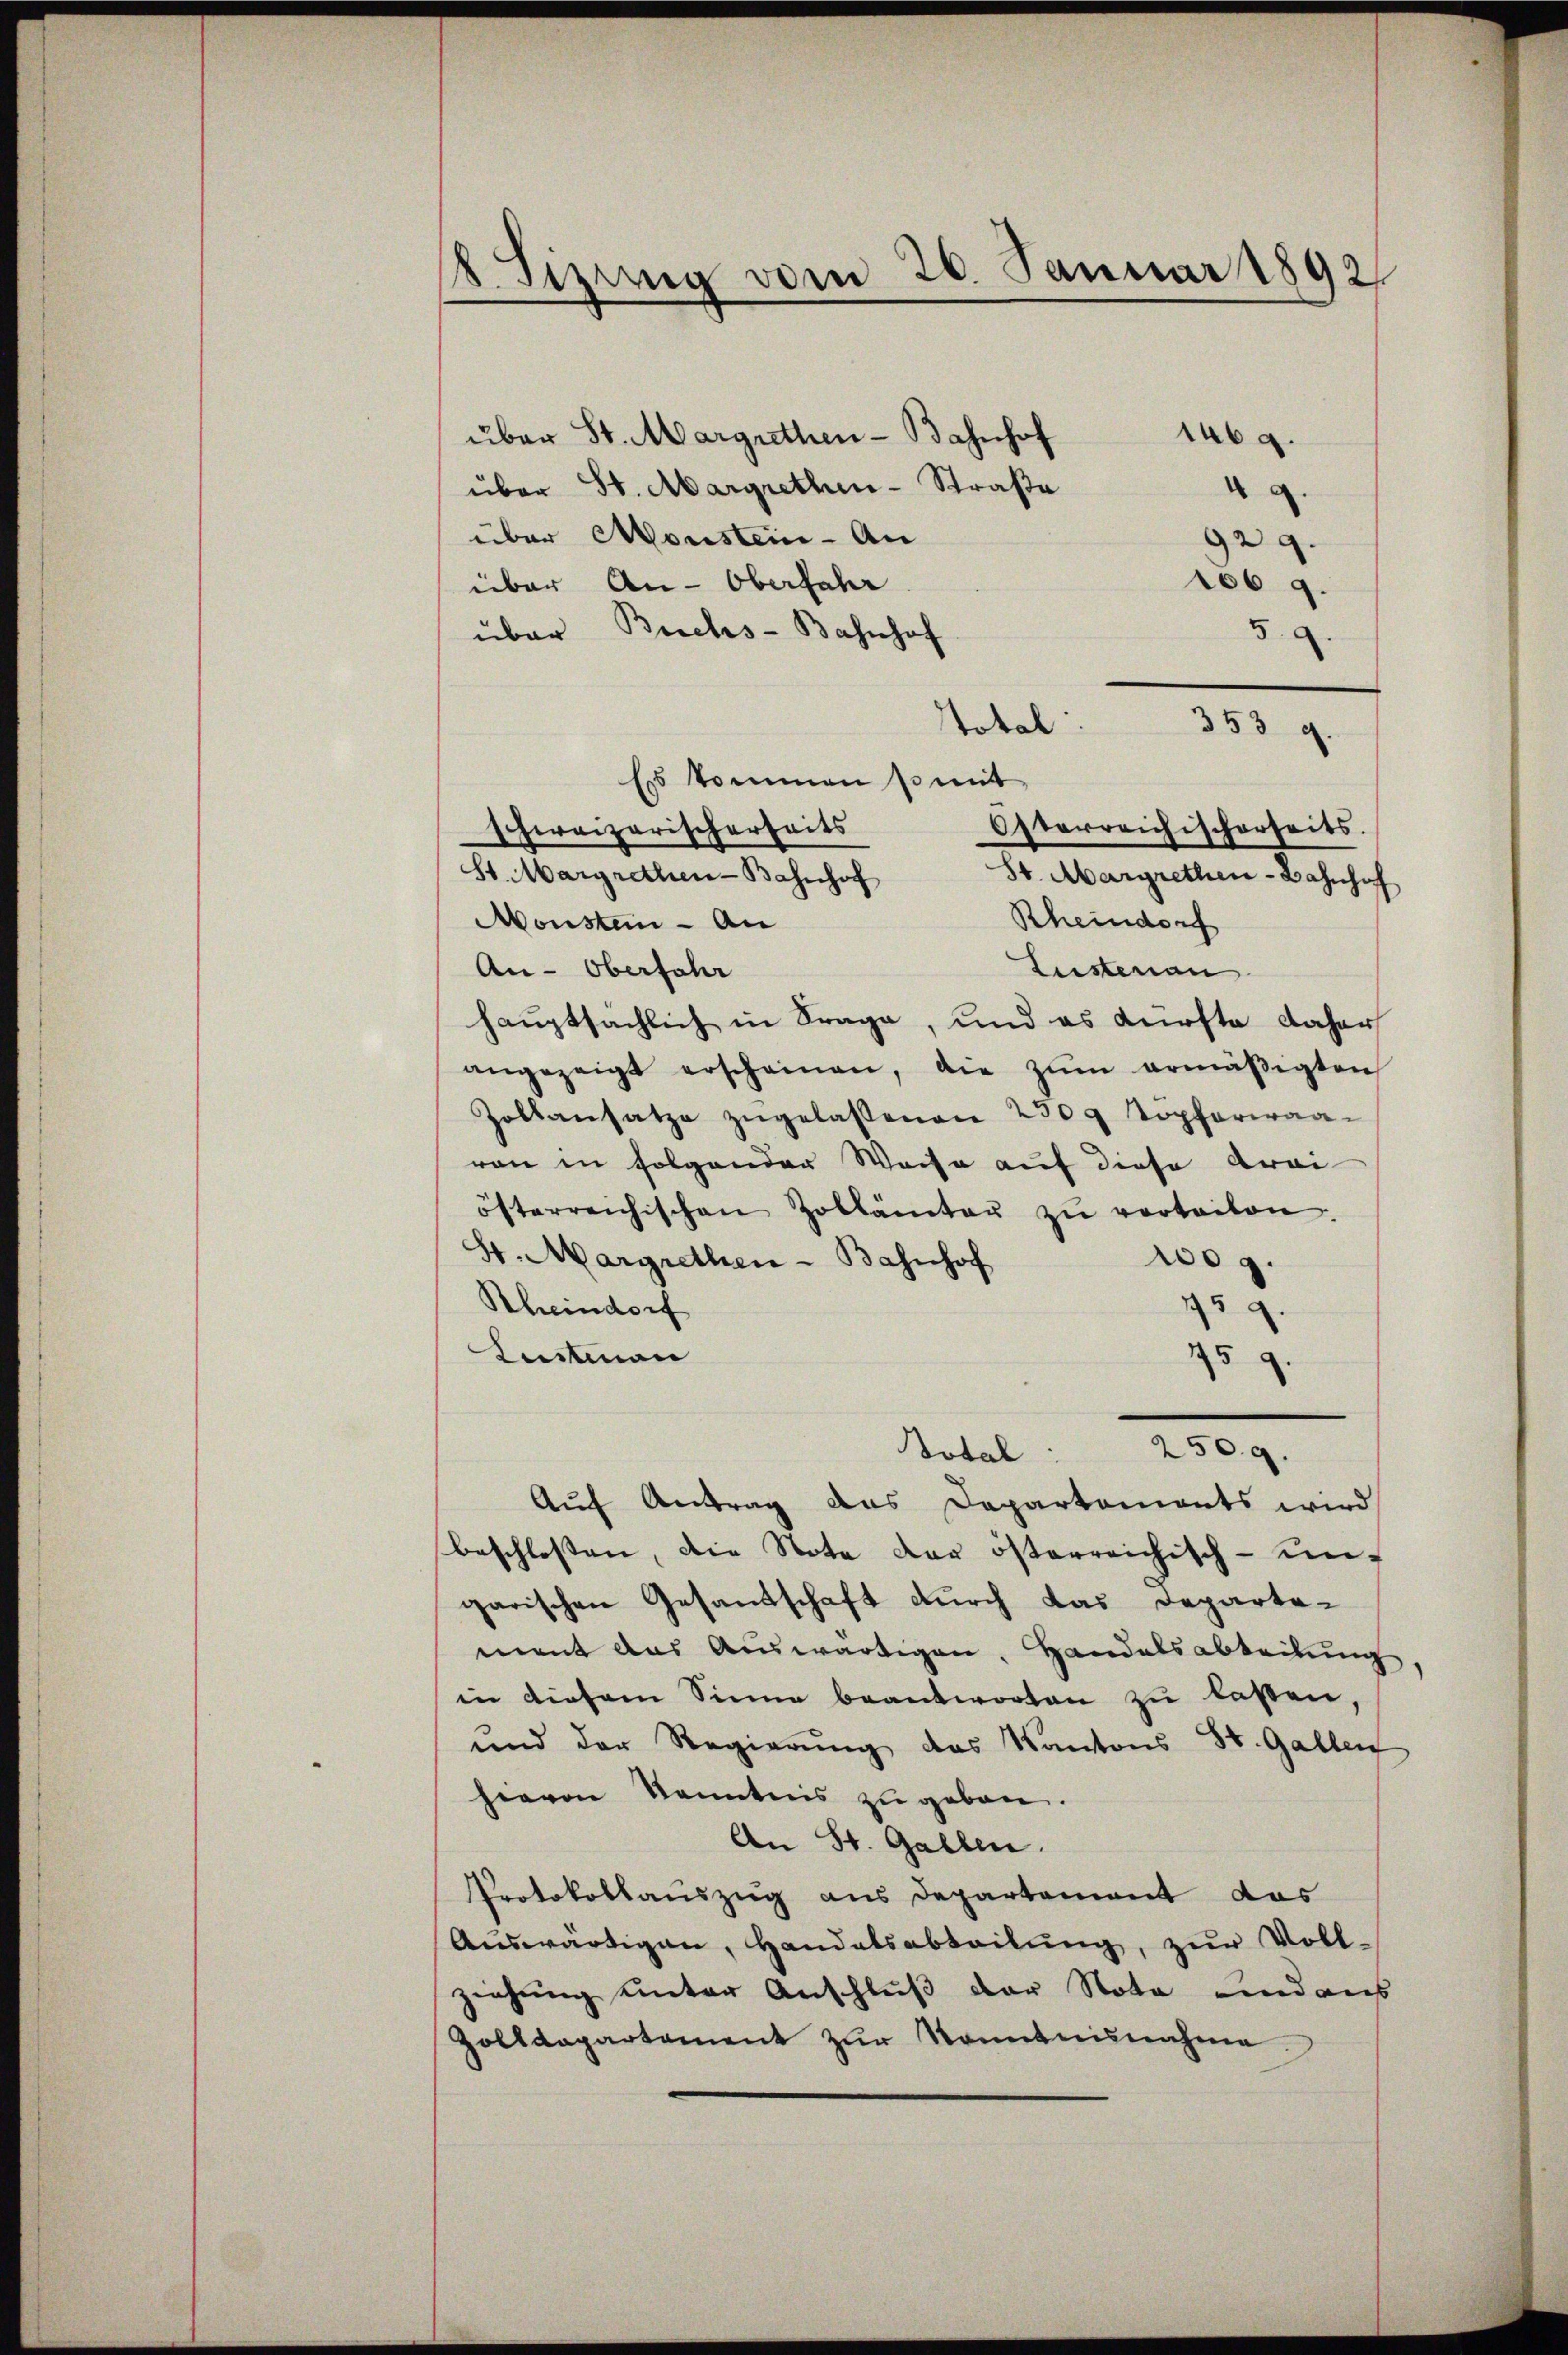
Sizung vom 26. Januar 1892

über St. Margrethen-Bahnhof
1469.
über St. Margrethen-Straße
.
über Monstein-An
929.
über An-Oberfahr
106 9.
über Buchs-Bahnhof
5.2.
Total:
Es kommen so mit
schweizerischerheits
Osterreichischerheits.
St. Margrethen-Bahnhof
St. Margrethen-Bahnhof
Rheindorf
Monsten - An
Lustenau
An-Oberfahr
hauptsächlich in Frage, und es dürfte daher
angezeigt erscheinen, die zŭm ermäβigten
Zoltansatze zugelassenen 2309 Töpferwaavon in folgender Weise auf diese Krei
österreichischen Zollämter zŭ vertailon.
S. Margrethen - Bahnhof
10 g.
Rheindorf
93.
Lustman
152.
2509.
Botal
Auf Antrag das Departements wird
beschlossen, die Note der österreichisch-ungarischen Gesandschaft durch das Departement das Auswärtigen. Handelsabteilung
in diesem Sinne beantworten zu lassen,
und der Regierung des Kantons St. Gallen
hievon Kenntnis zu geben.
An St. Gallen.
Protokollauszug aus Departement das
Aŭswärtigen, Handelsabteilŭng, zŭr Voll-
ziehung unter Anschluß der Nota und aus
Zolldepartement zŭr Kenntnisnahme

353 g.